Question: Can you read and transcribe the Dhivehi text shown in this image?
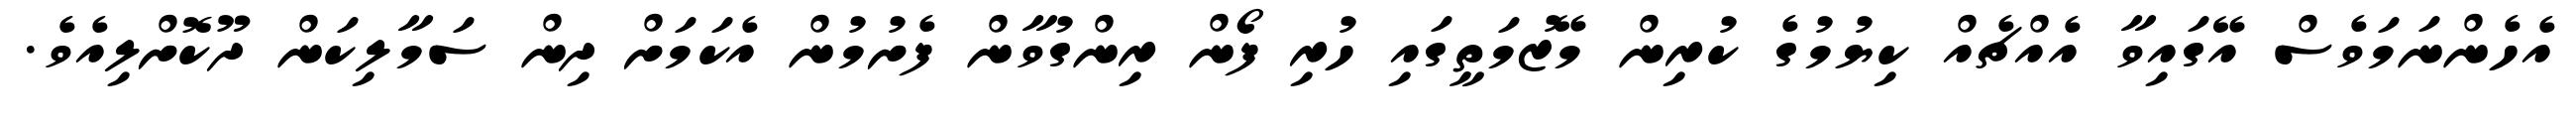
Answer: އެހެންނަމަވެސް އޭގައިވާ އެއްޗެއް ކިޔުމުގެ ކުރިން މޭޒުމަތީގައި ހުރި ފޯން ރިންގުވާން ފެށުމުން އެކަމަށް ދިން ސަމާލިކަން ދޫކޮށްލިއެވެ.